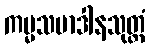
ကမ္မသမာဒါနသုတ္တံ